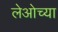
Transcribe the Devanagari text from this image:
लेओच्या